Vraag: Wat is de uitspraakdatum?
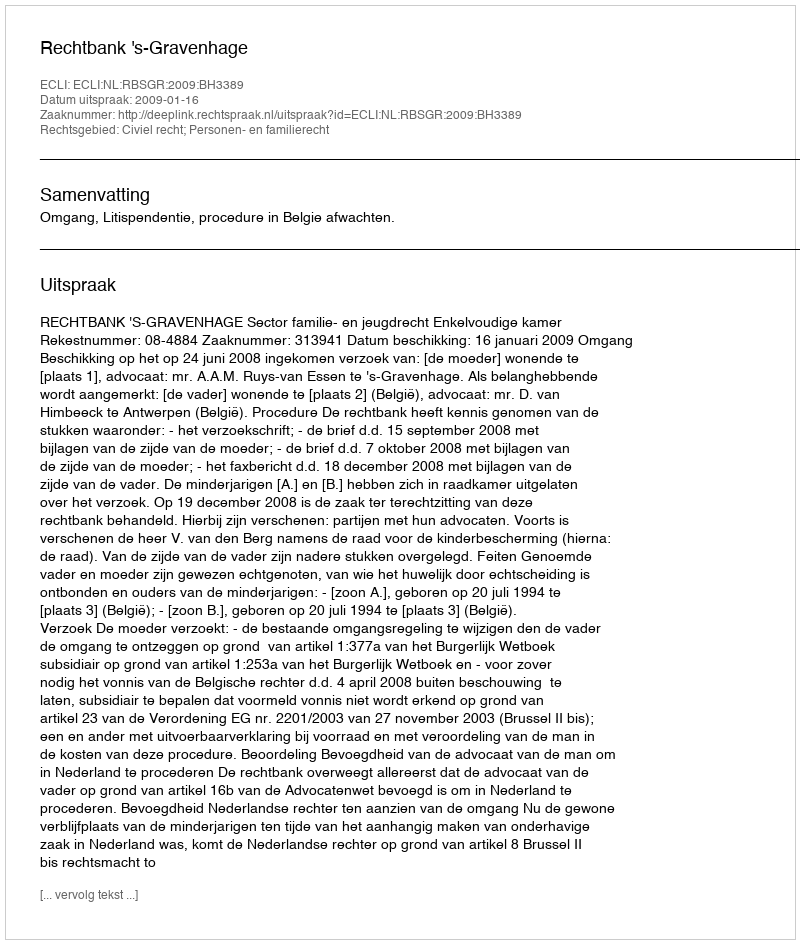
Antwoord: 2009-01-16